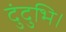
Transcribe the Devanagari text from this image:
दुंदुभि।